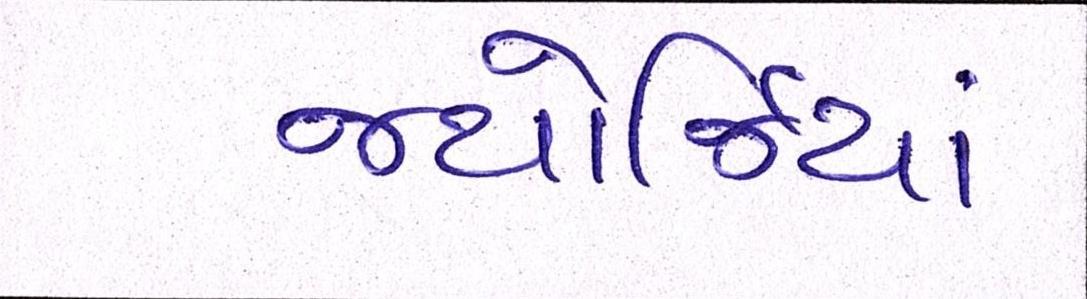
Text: જ્યોર્જિયાં